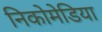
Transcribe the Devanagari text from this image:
निकोमेडिया